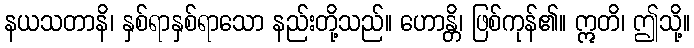
နယသတာနိ၊ နှစ်ရာနှစ်ရာသော နည်းတို့သည်။ ဟောန္တိ၊ ဖြစ်ကုန်၏။ ဣတိ၊ ဤသို့။